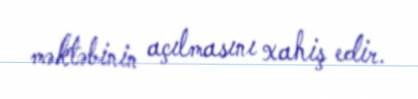
məktəbinin açılmasını xahiş edir.